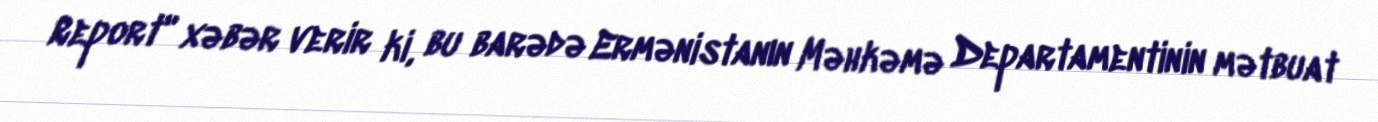
Report" xəbər verir ki, bu barədə Ermənistanın Məhkəmə Departamentinin mətbuat